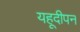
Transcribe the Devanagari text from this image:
यहूदीपन